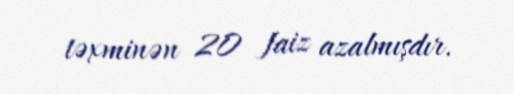
təxminən 20 faiz azalmışdır.